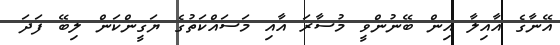
އޭނާގެ އާއިލާ އިން ބޭނުންވީ މުސާރަ އާއި މަސައްކަތުގެ ޔަގީންކަން ލިބޭ ފަދަ